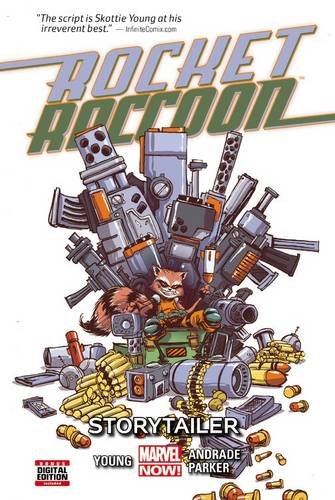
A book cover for Rocket Raccoon Vol. 2: Storytailer; Skottie Young; Children's Books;